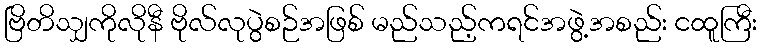
ဗြိတိသျှကိုလိုနီ ဗိုလ်လုပွဲစဉ်အဖြစ် မည်သည့်ကရင်အဖွဲ့အစည်း ငထူကြီး